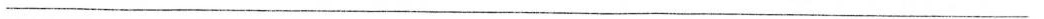
___